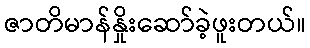
ဇာတိမာန်နှိုးဆော်ခဲ့ဖူးတယ်။